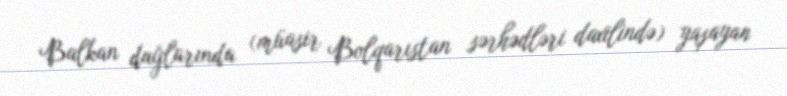
Balkan dağlarında (müasir Bolqarıstan sərhədləri daxilində) yaşayan